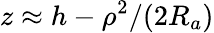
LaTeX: z\approx h-\rho^{2}/(2R_{a})